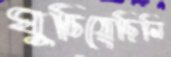
ঘুচিয়েছিলি